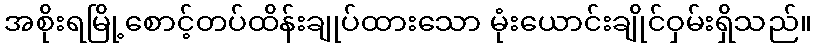
အစိုးရမြို့စောင့်တပ်ထိန်းချုပ်ထားသော မုံးယောင်းချိုင်ဝှမ်းရှိသည်။